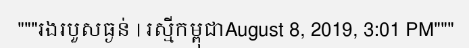
"""រងរបួសធ្ងន់ | រស្មីកម្ពុជាAugust 8, 2019, 3:01 PM"""